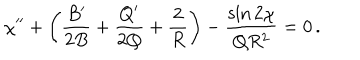
\chi ^ { \prime \prime } + \left( { \frac { B ^ { \prime } } { 2 B } } + { \frac { Q ^ { \prime } } { 2 Q } } + { \frac { 2 } { R } } \right) - { \frac { \sin 2 \chi } { Q R ^ { 2 } } } = 0 \, .